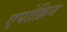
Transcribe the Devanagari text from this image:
एपोक्रिन